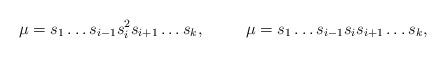
LaTeX: \begin{align*}&\mu=s_1 \dots s_{i-1} s_i^2 s_{i+1} \dots s_k,&&\mu=s_1 \dots s_{i-1} s_i s_{i+1} \dots s_k,&\end{align*}